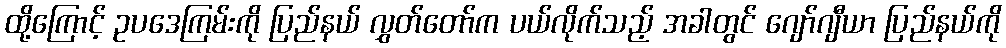
ထို့ကြောင့် ဥပဒေကြမ်းကို ပြည်နယ် လွှတ်တော်က ပယ်လိုက်သည့် အခါတွင် ဂျော်ဂျီယာ ပြည်နယ်ကို